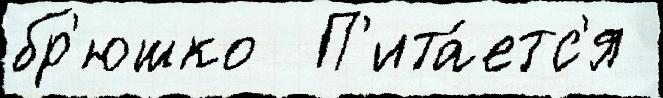
бр'юшко  П'ита́етс'я